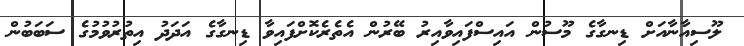
ލޫސިއާނާއަށް ޑިނގާގެ މޫސުން އައިސްފައިވާއިރު ބޭރުން އެތެރެކޮށްފައިވާ ޑިނގާގެ އަދަދު އިތުރުވުމުގެ ސަބަބުން